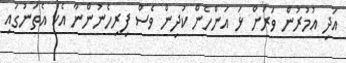
އަދި އުމުރުން ވަރަށް ޅަ އަންހެން ކުދިން ވެސް ފިރިހެނުންނާ އެކު އެތަނުގައި